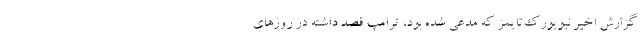
گزارش اخیر نیویورک‌تایمز که مدعی شده بود، ترامپ قصد داشته در روزهای